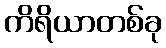
ကိရိယာတစ်ခု